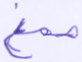
صمغ